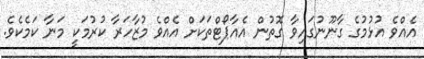
އެއްވެ އުޅުމުގެ ގާނޫނުގައިވާ ގޮތުން އެއާޕޯޓްތަކަށް އެއްވެ މުޒާހަރާ ކުރުމަކީ މަނާ ކަމެކެވެ.